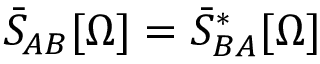
\bar { S } _ { A B } [ \Omega ] = \bar { S } _ { B A } ^ { * } [ \Omega ]